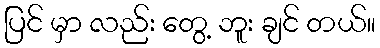
ပြင် မှာ လည်း တွေ့ ဘူး ချင် တယ်။